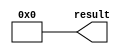
// megafunction wizard: %LPM_CONSTANT%
// GENERATION: STANDARD
// VERSION: WM1.0
// MODULE: LPM_CONSTANT 

// ============================================================
// Megafunction Name(s):
// 			LPM_CONSTANT
//
// Simulation Library Files(s):
// 			
// ============================================================
// ************************************************************
// THIS IS A WIZARD-GENERATED FILE. DO NOT EDIT THIS FILE!
//
// 13.0.1 Build 232 06/12/2013 SP 1 SJ Web Edition
// ************************************************************


//Copyright (C) 1991-2013 Altera Corporation
//Your use of Altera Corporation's design tools, logic functions 
//and other software and tools, and its AMPP partner logic 
//functions, and any output files from any of the foregoing 
//(including device programming or simulation files), and any 
//associated documentation or information are expressly subject 
//to the terms and conditions of the Altera Program License 
//Subscription Agreement, Altera MegaCore Function License 
//Agreement, or other applicable license agreement, including, 
//without limitation, that your use is for the sole purpose of 
//programming logic devices manufactured by Altera and sold by 
//Altera or its authorized distributors.  Please refer to the 
//applicable agreement for further details.


//lpm_constant CBX_AUTO_BLACKBOX="ALL" ENABLE_RUNTIME_MOD="NO" LPM_CVALUE=00000000 LPM_WIDTH=32 result
//VERSION_BEGIN 13.0 cbx_lpm_constant 2013:06:12:18:03:43:SJ cbx_mgl 2013:06:12:18:05:10:SJ  VERSION_END
// synthesis VERILOG_INPUT_VERSION VERILOG_2001
// altera message_off 10463


//synthesis_resources = 
//synopsys translate_off
`timescale 1 ps / 1 ps
//synopsys translate_on
module  lpm_constant1_lpm_constant_r09
	( 
	result) ;
	output   [31:0]  result;


	assign
		result = {32{1'b0}};
endmodule //lpm_constant1_lpm_constant_r09
//VALID FILE


// synopsys translate_off
`timescale 1 ps / 1 ps
// synopsys translate_on
module lpm_constant1 (
	result);

	output	[31:0]  result;

	wire [31:0] sub_wire0;
	wire [31:0] result = sub_wire0[31:0];

	lpm_constant1_lpm_constant_r09	lpm_constant1_lpm_constant_r09_component (
				.result (sub_wire0));

endmodule

// ============================================================
// CNX file retrieval info
// ============================================================
// Retrieval info: PRIVATE: INTENDED_DEVICE_FAMILY STRING "Cyclone II"
// Retrieval info: PRIVATE: JTAG_ENABLED NUMERIC "0"
// Retrieval info: PRIVATE: JTAG_ID STRING "NONE"
// Retrieval info: PRIVATE: Radix NUMERIC "10"
// Retrieval info: PRIVATE: SYNTH_WRAPPER_GEN_POSTFIX STRING "0"
// Retrieval info: PRIVATE: Value NUMERIC "0"
// Retrieval info: PRIVATE: nBit NUMERIC "32"
// Retrieval info: PRIVATE: new_diagram STRING "1"
// Retrieval info: LIBRARY: lpm lpm.lpm_components.all
// Retrieval info: CONSTANT: LPM_CVALUE NUMERIC "0"
// Retrieval info: CONSTANT: LPM_HINT STRING "ENABLE_RUNTIME_MOD=NO"
// Retrieval info: CONSTANT: LPM_TYPE STRING "LPM_CONSTANT"
// Retrieval info: CONSTANT: LPM_WIDTH NUMERIC "32"
// Retrieval info: USED_PORT: result 0 0 32 0 OUTPUT NODEFVAL "result[31..0]"
// Retrieval info: CONNECT: result 0 0 32 0 @result 0 0 32 0
// Retrieval info: GEN_FILE: TYPE_NORMAL lpm_constant1.v TRUE
// Retrieval info: GEN_FILE: TYPE_NORMAL lpm_constant1.inc FALSE
// Retrieval info: GEN_FILE: TYPE_NORMAL lpm_constant1.cmp FALSE
// Retrieval info: GEN_FILE: TYPE_NORMAL lpm_constant1.bsf TRUE FALSE
// Retrieval info: GEN_FILE: TYPE_NORMAL lpm_constant1_inst.v FALSE
// Retrieval info: GEN_FILE: TYPE_NORMAL lpm_constant1_bb.v TRUE